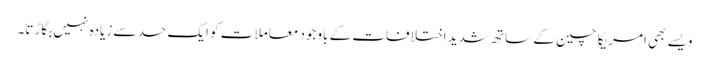
ویسے بھی امریکا چین کے ساتھ شدید اختلافات کے باوجود معاملا ت کو ایک حد سے زیادہ نہیں بگاڑتا۔